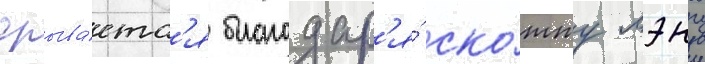
срыва́етс'я благодар'я́ ско́тту лэнгу